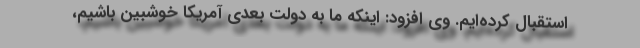
استقبال کرده‌ایم. وی افزود: اینکه ما به دولت بعدی آمریکا خوشبین باشیم،